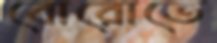
বোরোতে